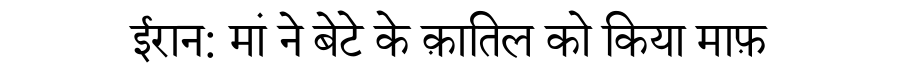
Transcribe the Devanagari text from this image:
ईरान: मां ने बेटे के क़ातिल को किया माफ़